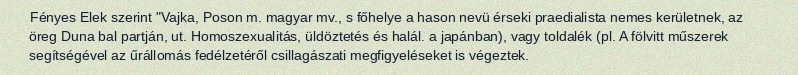
Fényes Elek szerint "Vajka, Poson m. magyar mv., s főhelye a hason nevü érseki praedialista nemes kerületnek, az öreg Duna bal partján, ut. Homoszexualitás, üldöztetés és halál. a japánban), vagy toldalék (pl. A fölvitt műszerek segítségével az űrállomás fedélzetéről csillagászati megfigyeléseket is végeztek.